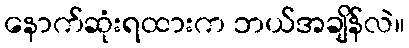
နောက်ဆုံးရထားက ဘယ်အချိန်လဲ။